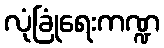
လုံခြုံရေးကဏ္ဍ